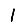
Digit: 1